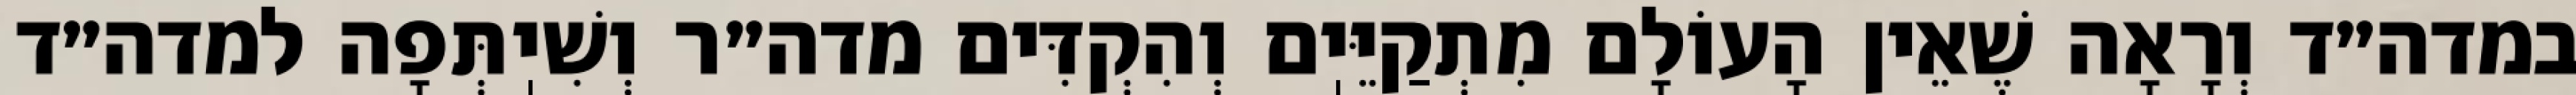
במדה״ד וְרָאָה שֶׁאֵין הָעוֹלָם מִתְקַיֵּיֽם וְהִקְדִּים מדה״ר וְשִׁיֽתְּפָה למדה״ד